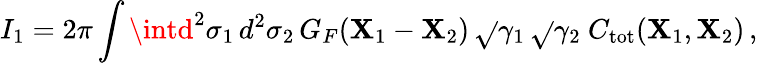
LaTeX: I_{1}=2\pi\int\intd^{2}\sigma_{1}\, d^{2}\sigma_{2}\, G_{F}(\mathbf{X}_{1}-\mathbf{X}_{2})\, \sqrt{}{{\gamma_{1}}}\, \sqrt{}{{\gamma_{2}}}\ C_{\mathrm{{tot}}}(\mathbf{X}_{1},\mathbf{X}_{2})\, ,